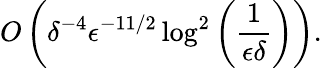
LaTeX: O\left(\delta^{-4}\epsilon^{-11/2}\log^{2}\left(\frac{1}{\epsilon\delta}\right)\right).